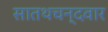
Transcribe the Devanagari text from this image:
सातथचन्दवार